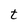
Character: t